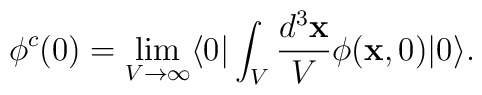
\phi^c(0)= \lim_{V \rightarrow \infty}\langle 0| \int_V \frac{d^3 {\bf x}}{V} \phi({\bf x},0)|0 \rangle.